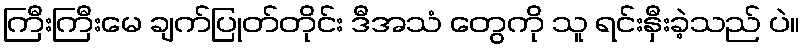
ကြီးကြီးမေ ချက်ပြုတ်တိုင်း ဒီအသံ တွေကို သူ ရင်းနှီးခဲ့သည် ပဲ။